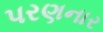
પરણનાર